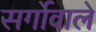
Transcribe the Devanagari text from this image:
सर्गोवाले